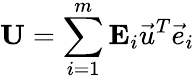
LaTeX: \mathbf{U}=\sum_{i=1}^{m}\mathbf{E}_{i}\vec{u}^{T}\vec{e}_{i}